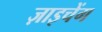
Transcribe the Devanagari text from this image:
ज़ाइचेंग